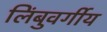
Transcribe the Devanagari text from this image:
लिंबुवर्गीय